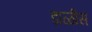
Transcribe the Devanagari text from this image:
डाळीस